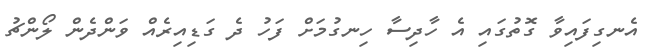
އެނގިފައިވާ ގޮތުގައި އެ ހާދިސާ ހިނގުމަށް ފަހު ދެ ގަޑިއިރެއް ވަންދެން ލޯންޗު